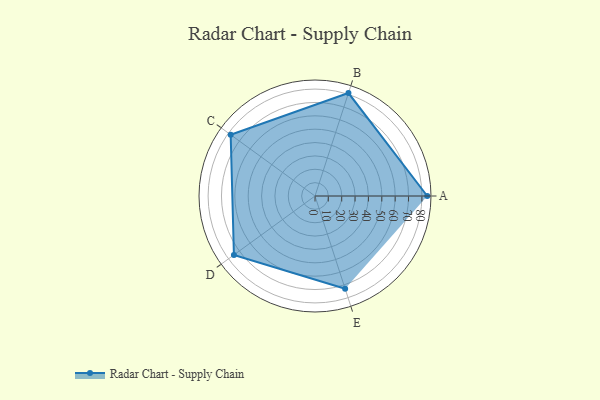
{"axis": {"x": "Skill", "y": "Score"}, "legend": ["Profile"], "data": [{"x": "A", "y": 84.0, "type": "Profile"}, {"x": "B", "y": 81.0, "type": "Profile"}, {"x": "C", "y": 78.0, "type": "Profile"}, {"x": "D", "y": 75.0, "type": "Profile"}, {"x": "E", "y": 73.0, "type": "Profile"}]}